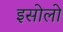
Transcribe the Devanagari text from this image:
इसोलो